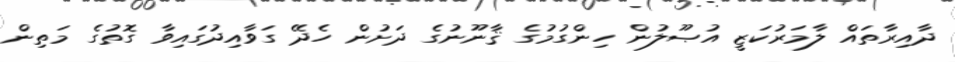
ދާއިރާތައް ލާމަރުކަޒީ އުޞޫލުން ހިންގުމުގެ ޤާނޫނުގެ ދަށުން ހެދޭ ގަވާއިދުގައިވާ ގޮތުގެ މަތިން